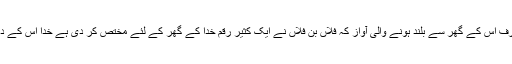
مگر جناب اللہ تعالیٰ کی خوشنودی تو صرف اُس کے گھر سے بلند ہونے والی آواز کہ فلاں بن فلاں نے ایک کثیر رقم خدا کے گھر کے لئے مختص کر دی ہے خدا اس کے درجات بلند فرما کر جنت کی وعید سنائے۔